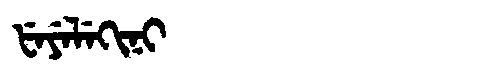
Manchu: ᡶᡝᠶᡝᠯᡝᡴᡳᠨᡳ
Romanization: FEYELEKINI